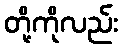
တို့ကိုလည်း